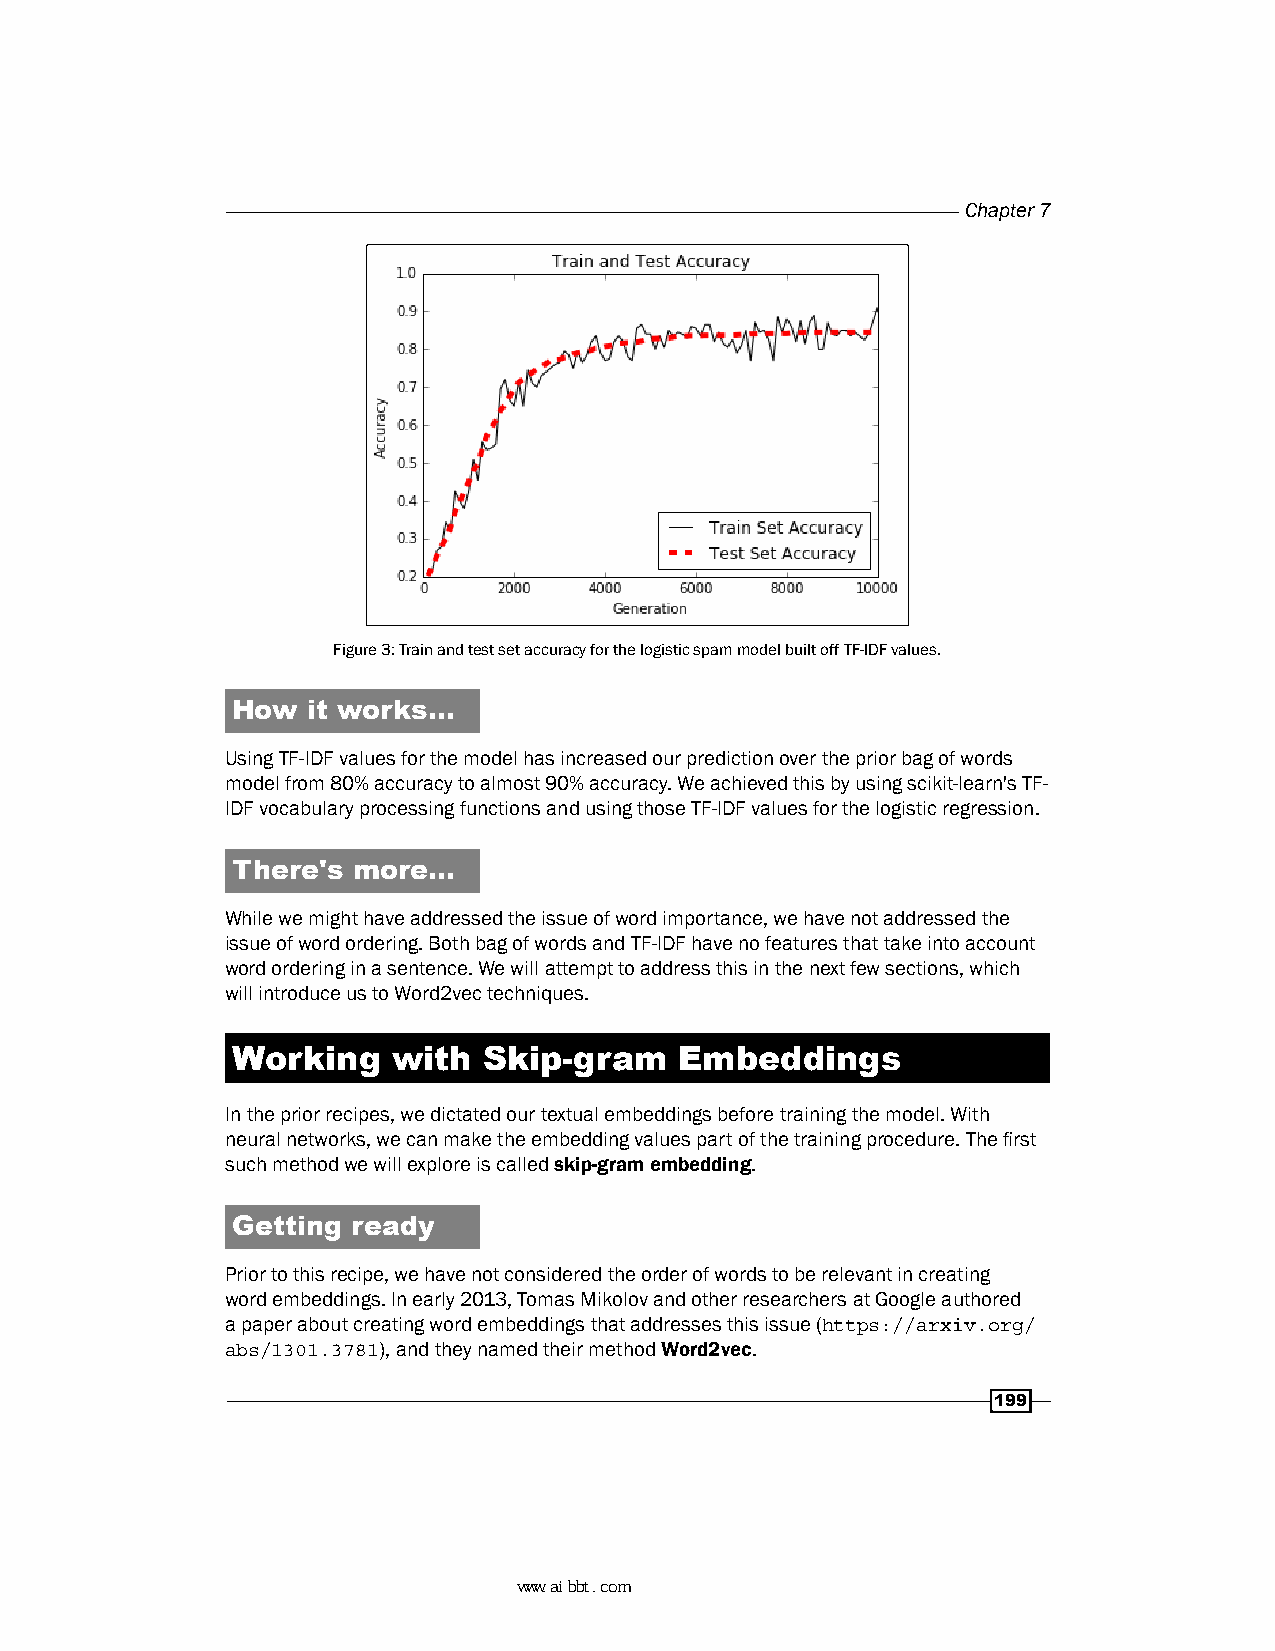
Chapter 7
 Figure 3: Train and test set accuracy for the logistic spam model built off TF-IDF values.
 How  it works…
 Using TF-IDF values for the model has increased our prediction over the prior bag of words
 model from 80% accuracy to almost 90% accuracy. We achieved this by using scikit-learn's TF-
 IDF vocabulary processing functions and using those TF-IDF values for the logistic regression.
 There's more…
 While we might have addressed the issue of word importance, we have not addressed the
 issue of word ordering. Both bag of words and TF-IDF have no features that take into account
 word ordering in a sentence. We will attempt to address this in the next few sections, which
 will introduce us to Word2vec techniques.
 Working    with  Skip-gram    Embeddings
 In the prior recipes, we dictated our textual embeddings before training the model. With
 neural networks, we can make the embedding values part of the training procedure. The first
 such method we will explore is called skip-gram embedding.
 Getting ready
 Prior to this recipe, we have not considered the order of words to be relevant in creating
 word embeddings. In early 2013, Tomas Mikolov and other researchers at Google authored
 a paper about creating word embeddings that addresses this issue (https://arxiv.org/
 abs/1301.3781), and they named their method Word2vec.
 199
 www.aibbt.com 让未来触手可及